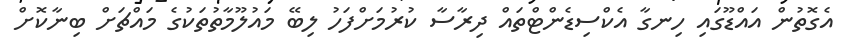
އެގޮތުން އައްޑޫގައި ހިނގާ އެކްސިޑެންޓްތައް ދިރާސާ ކުރުމަށްފަހު ލިބޭ މައުލޫމާތުތަކުގެ މައްޗަށް ބިނާކޮށް